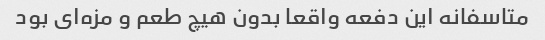
متاسفانه این دفعه واقعا بدون هیچ طعم و مزه‌ای بود